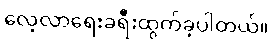
လေ့လာရေးခရီးထွက်ခဲ့ပါတယ်။